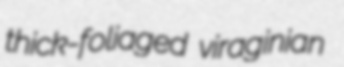
thick-foliaged viraginian